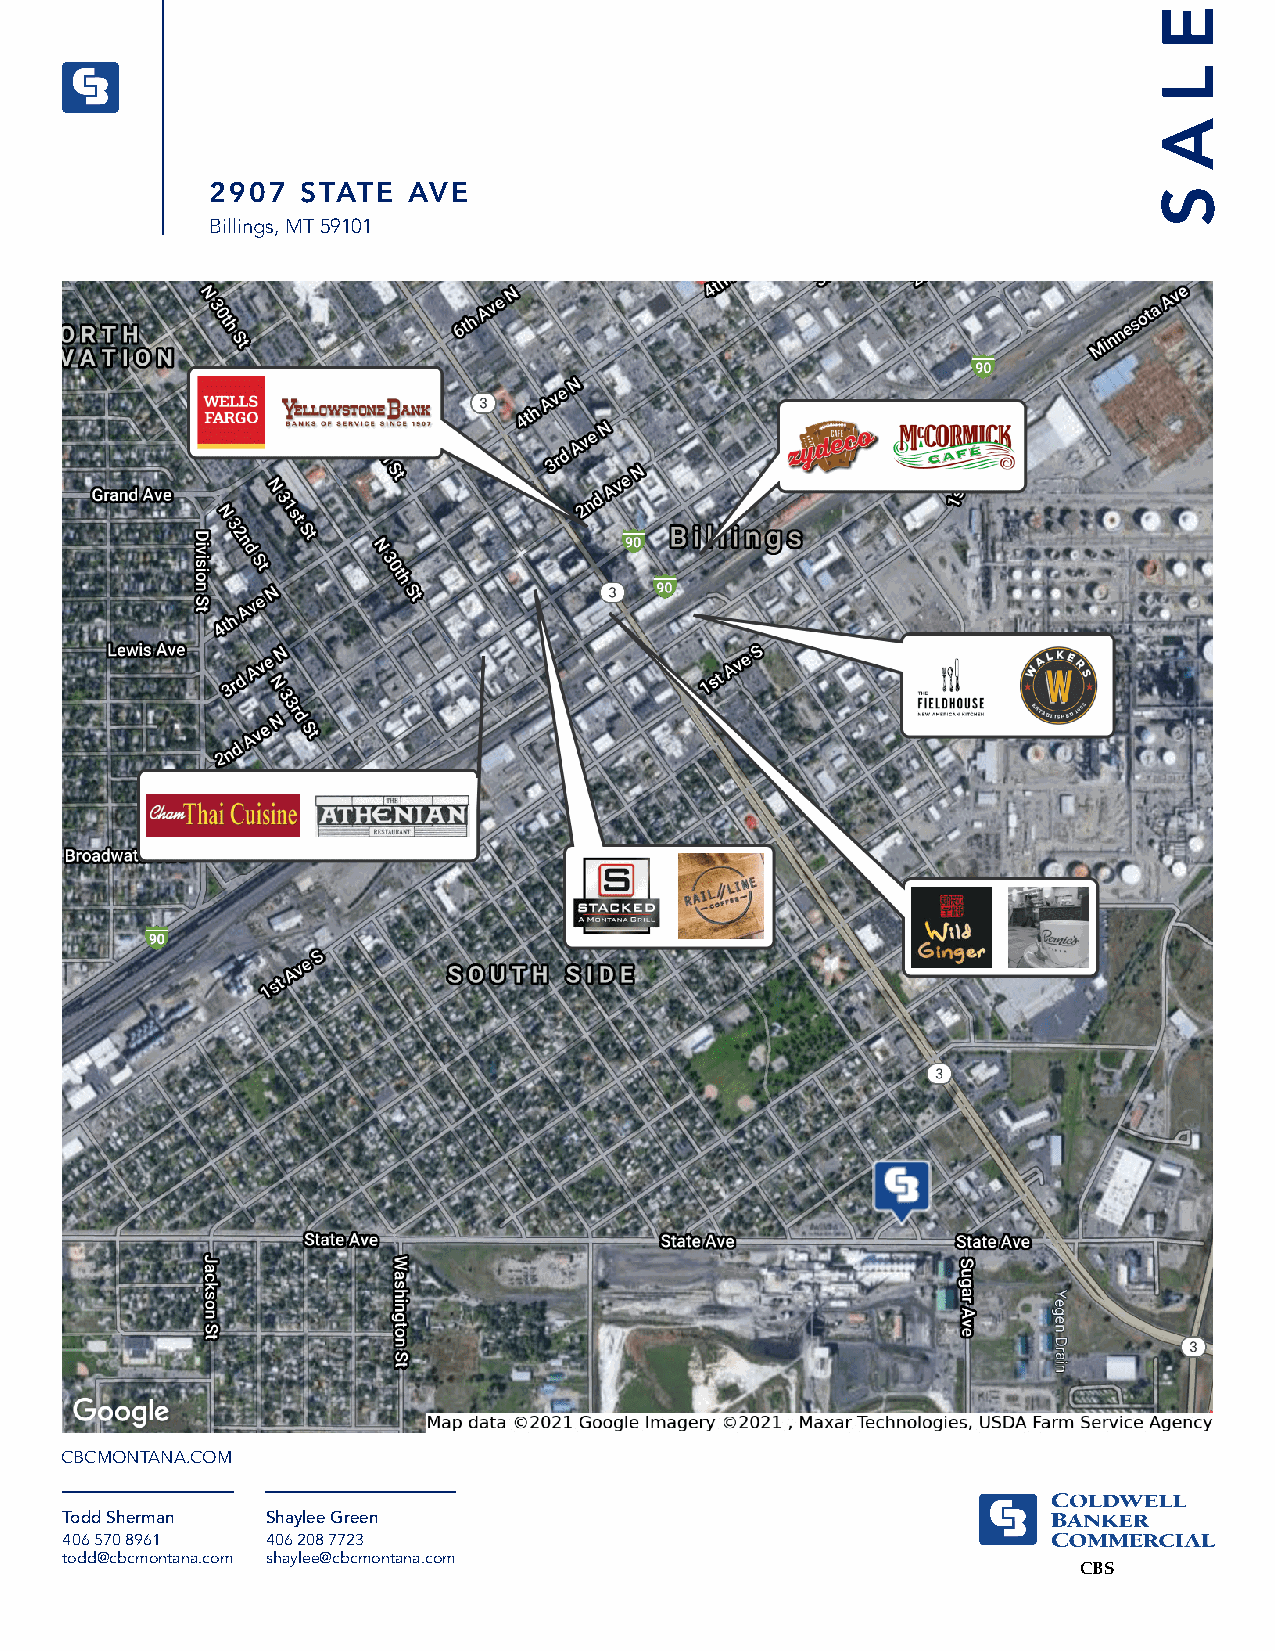
E
 L
 A
 2907  STATE  AVE                                               S
 Billings, MT 59101
 CBCMONTANA.COM
 Todd Sherman  Shaylee Green
 406 570 8961  406 208 7723
 todd@cbcmontana.com shaylee@cbcmontana.com
 CBS